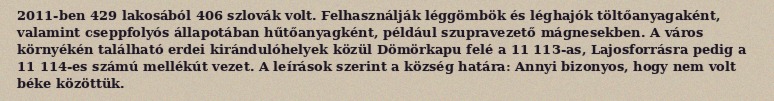
2011-ben 429 lakosából 406 szlovák volt. Felhasználják léggömbök és léghajók töltőanyagaként, valamint cseppfolyós állapotában hűtőanyagként, például szupravezető mágnesekben. A város környékén található erdei kirándulóhelyek közül Dömörkapu felé a 11 113-as, Lajosforrásra pedig a 11 114-es számú mellékút vezet. A leírások szerint a község határa: Annyi bizonyos, hogy nem volt béke közöttük.